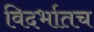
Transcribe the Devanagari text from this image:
विदर्भातच